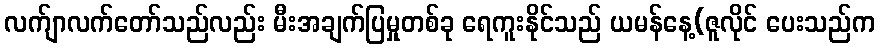
လက်ျာလက်တော်သည်လည်း မီးအချက်ပြမှုတစ်ခု ရေကူးနိုင်သည် ယမန်နေ့(ဇူလိုင် ပေးသည်က